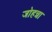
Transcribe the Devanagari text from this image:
जोहन्ना